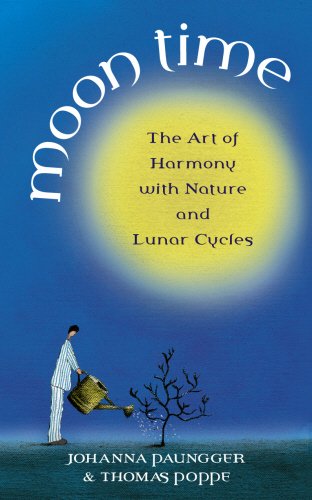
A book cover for Moon Time: The Art of Harmony with Nature and Lunar Cycles; Johanna Paungger; Religion & Spirituality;